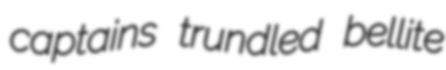
captains trundled bellite